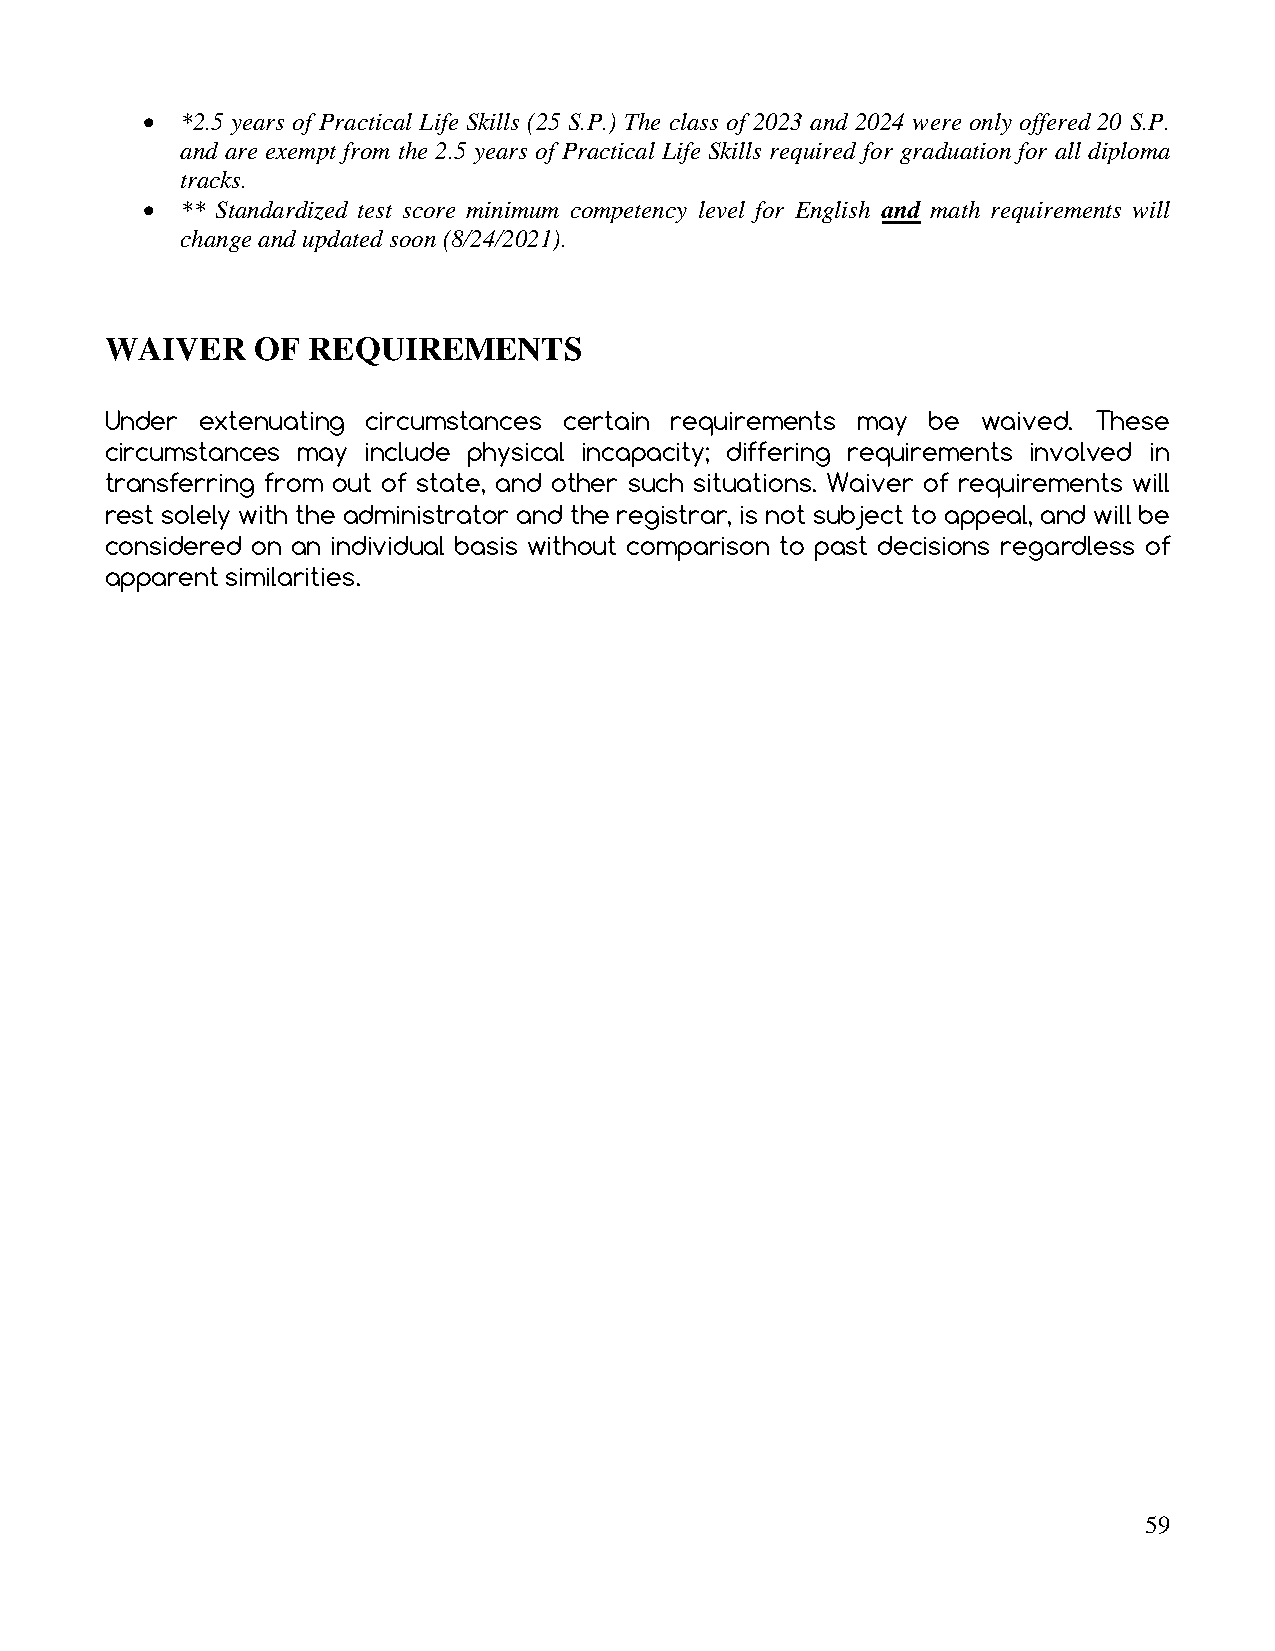
•  *2.5 years of Practical Life Skills (25 S.P.) The class of 2023 and 2024 were only offered 20 S.P.
 and are exempt from the 2.5 years of Practical Life Skills required for graduation for all diploma
 tracks.
 •  ** Standardized test score minimum competency level for English and math requirements will
 change and updated soon (8/24/2021).
 WAIVER    OF REQUIREMENTS
 Under extenuating circumstances certain requirements may be waived. These
 circumstances may include physical incapacity; differing requirements involved in
 transferring from out of state, and other such situations. Waiver of requirements will
 rest solely with the administrator and the registrar, is not subject to appeal, and will be
 considered on an individual basis without comparison to past decisions regardless of
 apparent similarities.
 59